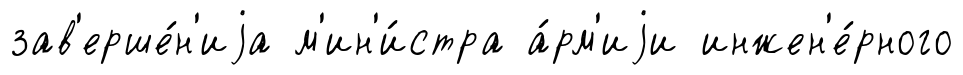
зав'ерше́н'иjа м'ин'и́стра а́рм'иjи инжен'е́рного